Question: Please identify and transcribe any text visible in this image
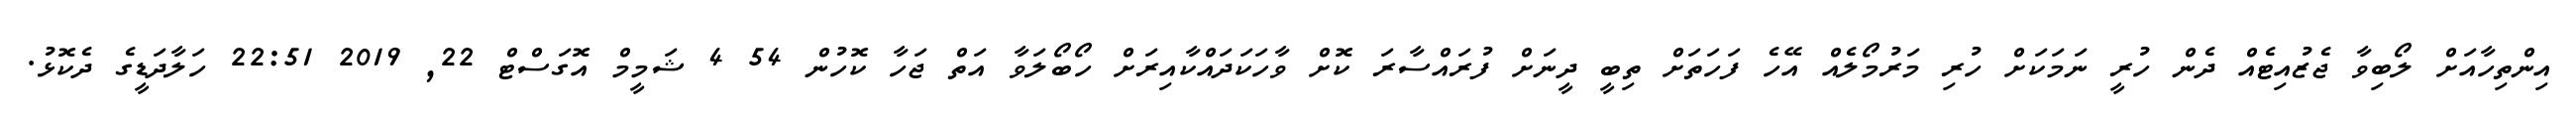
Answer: އިންތިހާއަށް ލޯބިވާ ޖެޒުއިޓެއް ދެން ހުރީ ނަމަކަށް ހުރި މަރުމޯލެއް އޭހެ ފަހަތަށް ތިބީ ދީނަށް ފުރައްސާރަ ކޮށް ވާހަކަދައްކާއިރަށް ހޯބޯލަވާ އަތް ޖަހާ ކޮހުން 54 4 ޝަމީމް އޮގަސްޓް 22, 2019 22:51 ހަލާދަޑީގެ ދެކޮޅު.